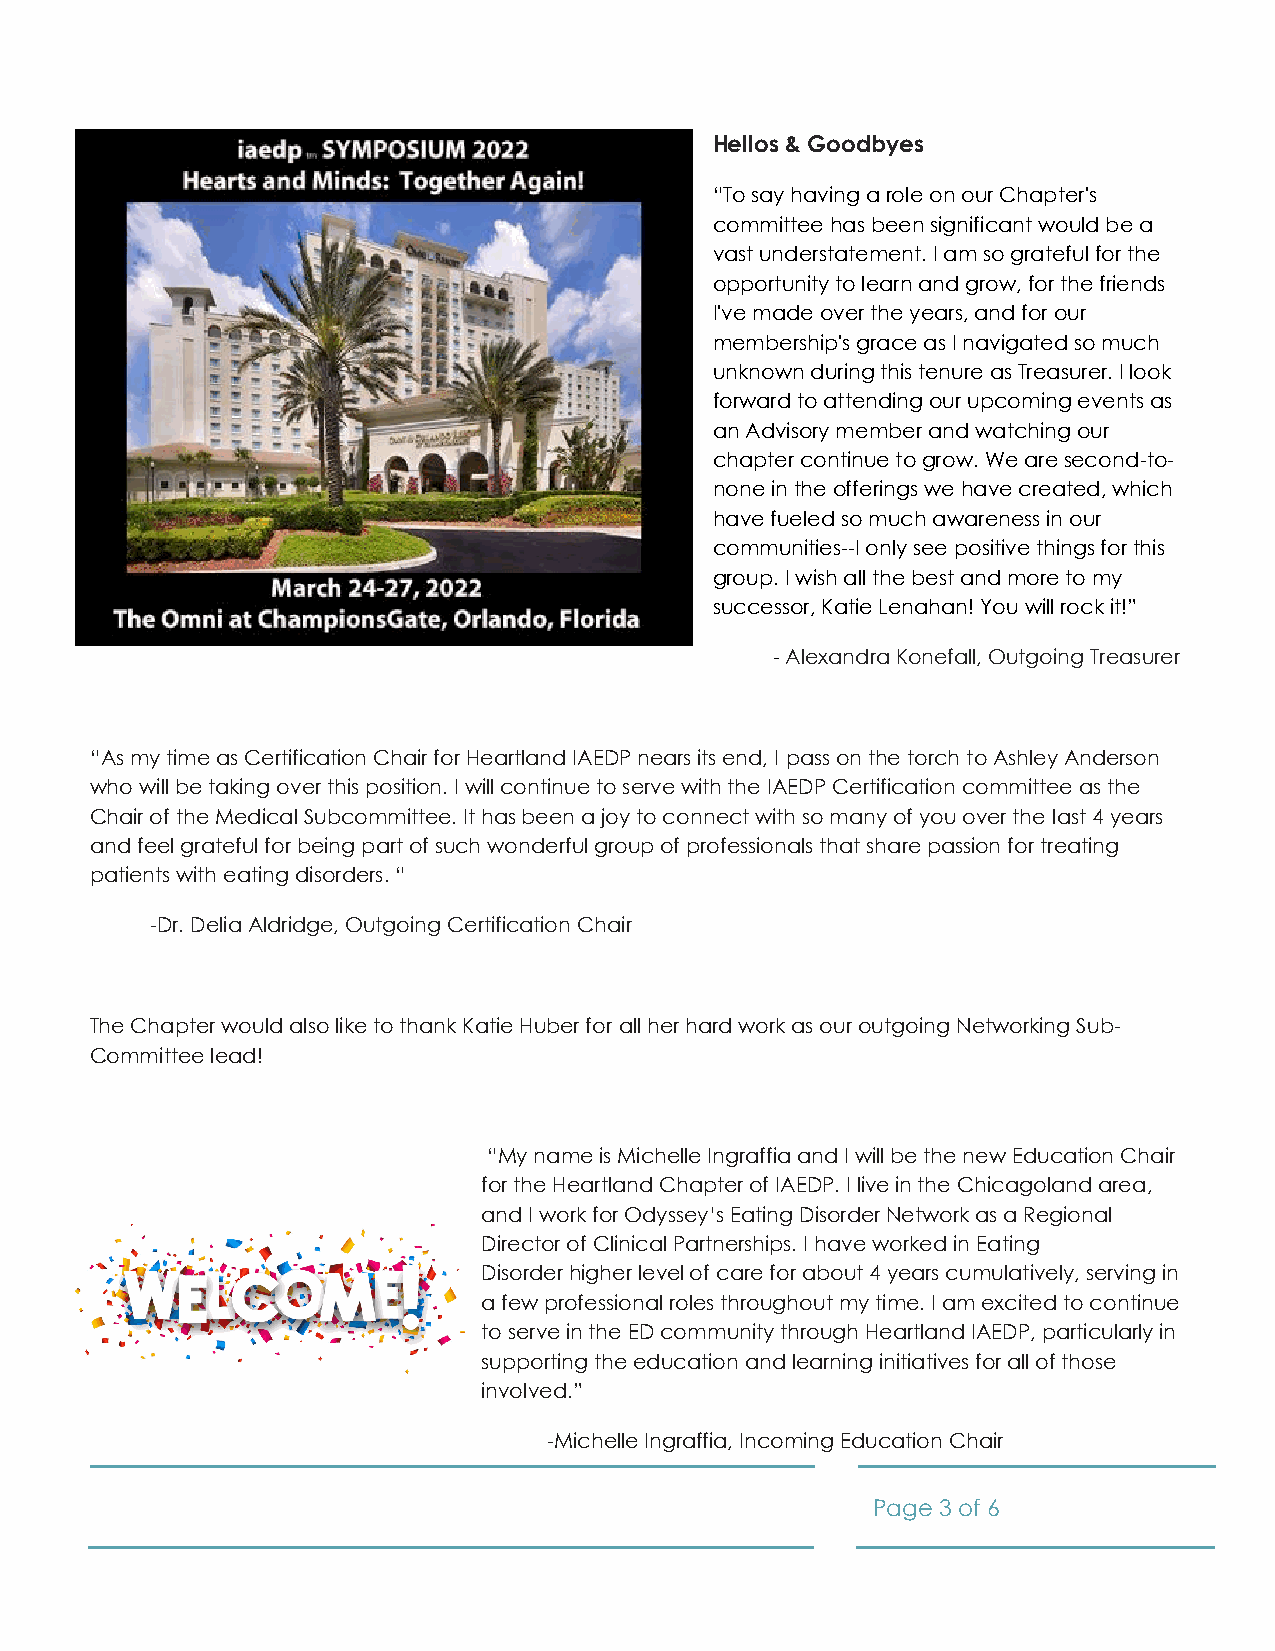
Hellos & Goodbyes
 “To say having a role on our Chapter's
 committee has been significant would be a
 vast understatement. I am so grateful for the
 opportunity to learn and grow, for the friends
 I've made over the years, and for our
 membership's grace as I navigated so much
 unknown during this tenure as Treasurer. I look
 forward to attending our upcoming events as
 an Advisory member and watching our
 chapter continue to grow. We are second-to-
 none in the offerings we have created, which
 have fueled so much awareness in our
 communities--I only see positive things for this
 group. I wish all the best and more to my
 successor, Katie Lenahan! You will rock it!”
 - Alexandra Konefall, Outgoing Treasurer
 “As my time as Certification Chair for Heartland IAEDP nears its end, I pass on the torch to Ashley Anderson
 who will be taking over this position. I will continue to serve with the IAEDP Certification committee as the
 Chair of the Medical Subcommittee. It has been a joy to connect with so many of you over the last 4 years
 and feel grateful for being part of such wonderful group of professionals that share passion for treating
 patients with eating disorders. “
 -Dr. Delia Aldridge, Outgoing Certification Chair
 The Chapter would also like to thank Katie Huber for all her hard work as our outgoing Networking Sub-
 Committee lead!
 “My name is Michelle Ingraffia and I will be the new Education Chair
 for the Heartland Chapter of IAEDP. I live in the Chicagoland area,
 and I work for Odyssey’s Eating Disorder Network as a Regional
 Director of Clinical Partnerships. I have worked in Eating
 Disorder higher level of care for about 4 years cumulatively, serving in
 a few professional roles throughout my time. I am excited to continue
 to serve in the ED community through Heartland IAEDP, particularly in
 supporting the education and learning initiatives for all of those
 involved.”
 -Michelle Ingraffia, Incoming Education Chair
 Page 3 of 6